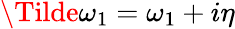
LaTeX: \Tilde{\omega}_{1}=\omega_{1}+i\eta